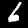
Label: 6